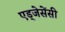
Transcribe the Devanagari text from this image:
एड्जेसेंसी